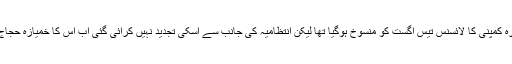
ذرائع کا کہنا ہے کہ مذکورہ کمپنی کا لائسنس تیس اگست کو منسوخ ہوگیا تھا لیکن انتظامیہ کی جانب سے اسکی تجدید نہیں کرائی گئی اب اس کا خمیازہ حجاج کرام کو بھگتنا پڑرہا ہے۔